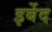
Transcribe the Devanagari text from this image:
इर्बेद